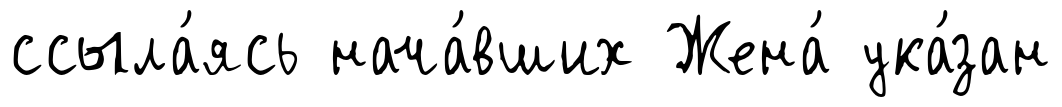
ссыла́ясь нача́вших Жена́ ука́зан